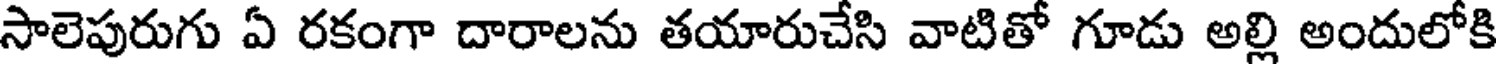
సాలెపురుగు ఏ రకంగా దారాలను తయారుచేసి వాటితో గూడు అల్లి అందులోకి